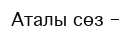
Аталы сөз –